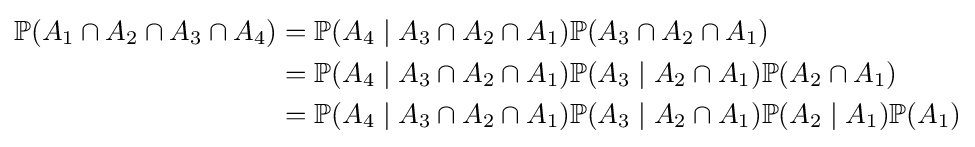
{\begin{aligned}\mathbb {P} (A_{1}\cap A_{2}\cap A_{3}\cap A_{4})&=\mathbb {P} (A_{4}\mid A_{3}\cap A_{2}\cap A_{1})\mathbb {P} (A_{3}\cap A_{2}\cap A_{1})\\&=\mathbb {P} (A_{4}\mid A_{3}\cap A_{2}\cap A_{1})\mathbb {P} (A_{3}\mid A_{2}\cap A_{1})\mathbb {P} (A_{2}\cap A_{1})\\&=\mathbb {P} (A_{4}\mid A_{3}\cap A_{2}\cap A_{1})\mathbb {P} (A_{3}\mid A_{2}\cap A_{1})\mathbb {P} (A_{2}\mid A_{1})\mathbb {P} (A_{1})\end{aligned}}